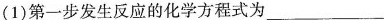
(1)第一步发生反应的化学方程式为___